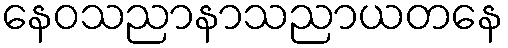
နေဝသညာနာသညာယတနေ